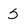
Character: S